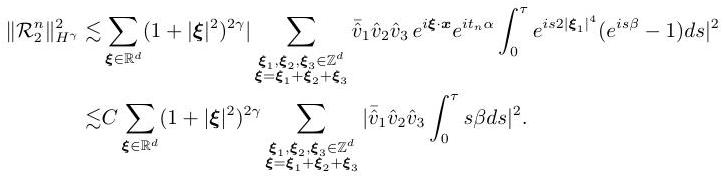
\[
\begin{align*}
\|\mathcal{R}_{2}^{n}\|_{H^{\gamma}}^{2}&\lesssim\sum_{\boldsymbol{\xi}\in\mathbb{R}^{d}}(1 + |\boldsymbol{\xi}|^{2\gamma})\left|\sum_{\substack{\boldsymbol{\xi}_{1},\boldsymbol{\xi}_{2},\boldsymbol{\xi}_{3}\in\mathbb{Z}^{d}\\\boldsymbol{\xi}=\boldsymbol{\xi}_{1}+\boldsymbol{\xi}_{2}+\boldsymbol{\xi}_{3}}}\widetilde{\hat{v}}_{1}\widetilde{\hat{v}}_{2}\widetilde{\hat{v}}_{3}e^{i\boldsymbol{\xi}\cdot\boldsymbol{x}}e^{it_{\alpha}}\int_{0}^{\tau}e^{is2|\boldsymbol{\xi}_{1}|^{4}}(e^{is\beta}-1)ds\right|^{2}\\
&\lesssim C\sum_{\boldsymbol{\xi}\in\mathbb{R}^{d}}(1 + |\boldsymbol{\xi}|^{2\gamma})\left|\sum_{\substack{\boldsymbol{\xi}_{1},\boldsymbol{\xi}_{2},\boldsymbol{\xi}_{3}\in\mathbb{Z}^{d}\\\boldsymbol{\xi}=\boldsymbol{\xi}_{1}+\boldsymbol{\xi}_{2}+\boldsymbol{\xi}_{3}}}\widetilde{\hat{v}}_{1}\widetilde{\hat{v}}_{2}\widetilde{\hat{v}}_{3}\int_{0}^{\tau}s\beta ds\right|^{2}.
\end{align*}
\]